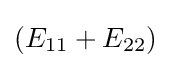
(E_{11}+E_{22})